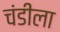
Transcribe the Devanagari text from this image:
चंडीला